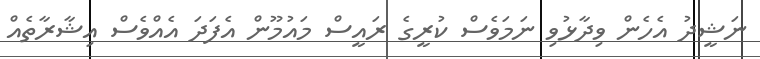
ނަޝީދު އެހެން ވިދާޅުވި ނަމަވެސް ކުރީގެ ރައީސް މައުމޫން އެފަދަ އެއްވެސް އިޝާރާތެއް